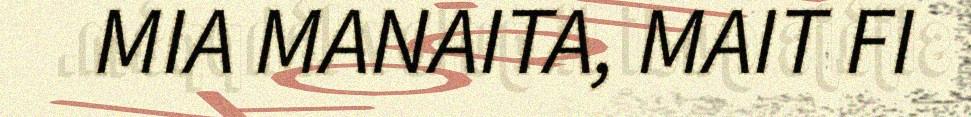
MIA MANAITA, MAIT FI